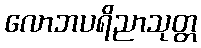
လောဘပရိညာသုတ္တ